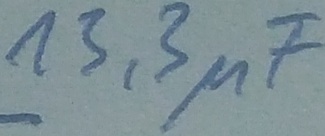
Text: 13,3µF